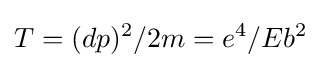
T=(dp)^{2}/2m=e^{4}/Eb^{2}